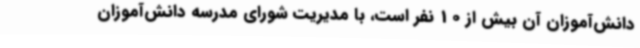
دانش‌آموزان آن بیش از 10 نفر است، با مدیریت شورای مدرسه دانش‌آموزان